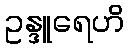
ဥန္ဒူရေဟိ